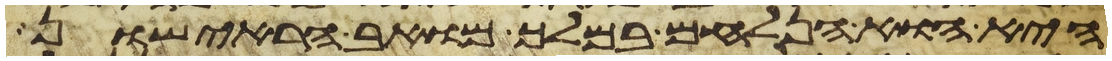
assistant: היא והוא הנלחם במלך מואב הראישון